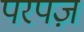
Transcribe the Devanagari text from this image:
परपज़